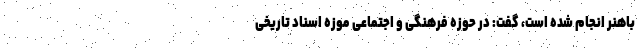
باهنر انجام شده است، گفت: در حوزه فرهنگی و اجتماعی موزه اسناد تاریخی